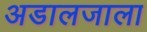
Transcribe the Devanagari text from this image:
अडालजाला